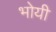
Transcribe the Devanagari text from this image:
भोयी